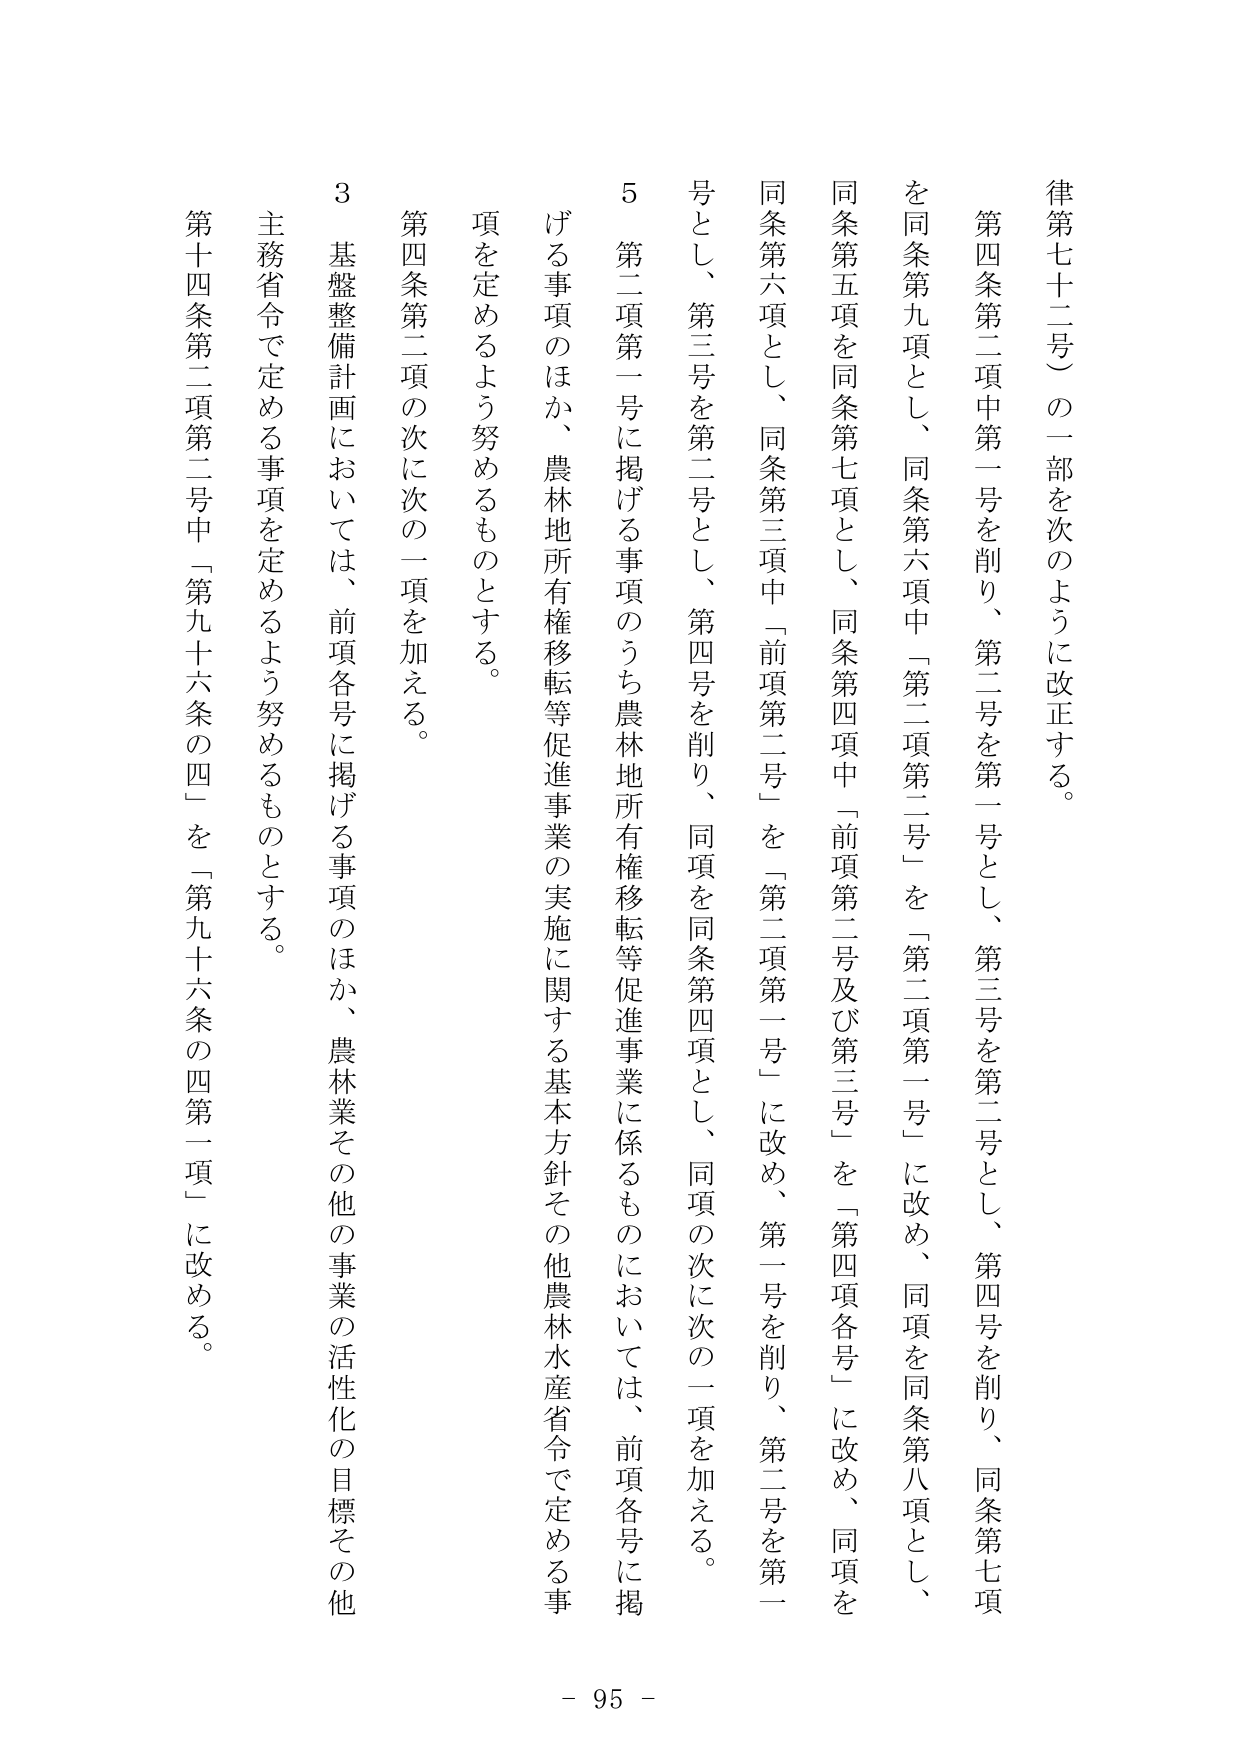
律第七十二号）の一部を次のように改正する。

第四条第二項中第一号を削り、第二号を第一号とし、第三号を第二号とし、第四号を削り、同条第七項を同条第九項とし、同条第六項中「第二項第二号」を「第二項第一号」に改め、同項を同条第八項とし、同条第五項を同条第七項とし、同条第四項中「前項第二号及び第三号」を「第四項各号」に改め、同項を同条第六項とし、同条第三項中「前項第二号」を「第二項第一号」に改め、第一号を削り、第二号を第一号とし、第三号を第二号とし、第四号を削り、同項を同条第四項とし、同項の次に次の一項を加える。

５　第二項第一号に掲げる事項のうち農林地所有権移転等促進事業に係るものについては、前項各号に掲げる事項のほか、農林地所有権移転等促進事業の実施に関する基本方針その他農林水産省令で定める事項を定めるよう努めるものとする。

第四条第二項の次に次の一項を加える。

３　基盤整備計画においては、前項各号に掲げる事項のほか、農林業その他の事業の活性化の目標その他主務省令で定める事項を定めるよう努めるものとする。

第十四条第二項第二号中「第九十六条の四」を「第九十六条の四第一項」に改める。

- 95 -